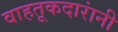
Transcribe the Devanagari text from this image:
वाहतूकदारांनी